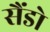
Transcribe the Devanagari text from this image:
सैंडो